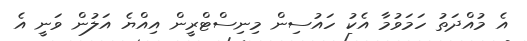
އެ މުއްދަތު ހަމަވުމާ އެކު ހައުސިން މިނިސްޓްރީން އިއްޔެ އަލުން ވަނީ އެ